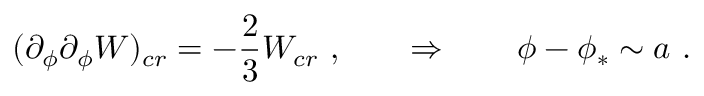
( \partial _ { \phi } \partial _ { \phi } W ) _ { c r } = - { \frac { 2 } { 3 } } W _ { c r } \ , \qquad \Rightarrow \qquad \phi - \phi _ { * } \sim a \ .